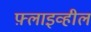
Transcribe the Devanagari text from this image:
फ़्लाइव्हील